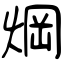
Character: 焵